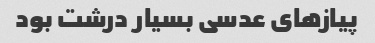
پیازهای عدسی بسیار درشت بود